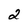
Character: 2